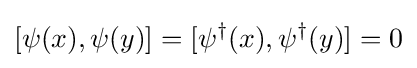
[\psi (x),\psi (y)]=[\psi ^{\dagger }(x),\psi ^{\dagger }(y)]=0